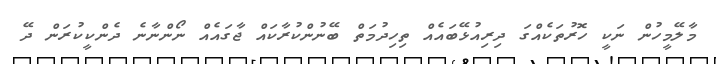
މާލޭމީހުން ނަކީ ހޮރުތަކެއްގަ ދިރިއުޅޭބައެއް ތިހިދުމަތް ބޭނުންކުރާކައް ޖާގައެއް ނޯންނާނެ ދެންކީކުރަން ދޭ